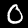
Digit: 0